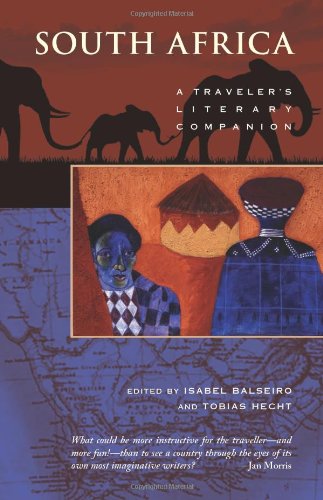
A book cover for South Africa: A Traveler's Literary Companion (Traveler's Literary Companions); Travel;